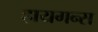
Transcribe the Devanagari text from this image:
हायगन्स